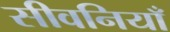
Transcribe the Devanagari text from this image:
सीवनियाँ